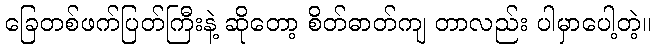
ခြေတစ်ဖက်ပြတ်ကြီးနဲ့ ဆိုတော့ စိတ်ဓာတ်ကျ တာလည်း ပါမှာပေါ့တဲ့။